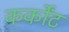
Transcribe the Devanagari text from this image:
कर्कोंट